Tezpur Lunatic Asylum reports 1877-1894 - 1877-1894
Year: 1877
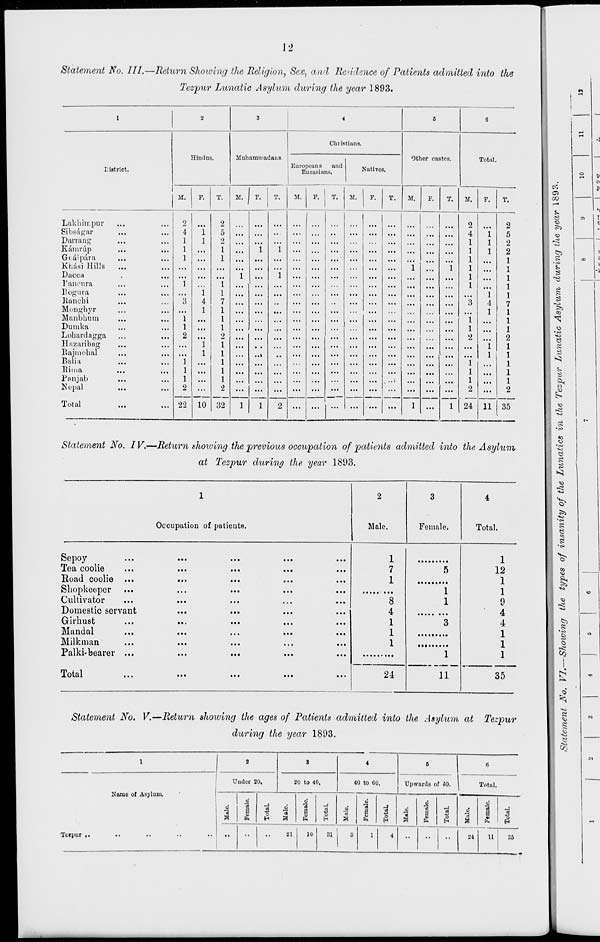
Statement No. III.—Return Showing the Religion, Sex, and Rendsncc of Patients admitted into the
Tezpur Lunatic Asylum during the year 1893.
1
2
8
4
5
6
Hindus.
Muhammadans.
Christians.
Other castes.
District.
Europeans
and
Eurasians.
,
Natives,
Total.
M.
F.
T.
M. 1 F. T.
M.
F.
T. i M.
F.
T.
M.
F.
T.
M.
F.
T.
Lakbimpur
Sibsagar
Darning
Kainrup
Goal para
Khasi Hills
Dacca
Pancura
l'ogura
...
...
Ranchi
Monghyr
Manbhum
Dumka
Lohardagga
Eazaiibag
Rajmohal
Bali a
Rima
Pnnjab
Nepal
2
4
1
1
1
"i
3
1
1
2
"i
I
I
2
22
'l
1
1
4
1
"i
I
10
2
5
2
1
1
"i
I
7
1
1
1
2
1
1
1
1
1
2
32
"i
l
'i
.i
"i
"i
...
...
...
...
...
...
i
...
"i
l
2
4
1
1
1
1
1
1
3
1
1
2
"i
l
l
2
24
"i
I
I
"i
4
1
"i
I
li
2
5
2
2
2
Total
l
2 ...
l
35
Statement No. IV.—Return showing the previous occupation of patients admitted into the Asylum
at Tezpur during the year 1893.
1
Occupation of patients.
2
Male.
3
Female.
4
Total.
Sepoy
Tea coolie
Road coolie ...
...
...
...
...
...
...
<
...
...
...
<
...
...
...
i
...
...
...
...
...
...
...
...
...
.,
1
7
1
8
4
1
1
1
1
5
12
1
Shopkeeper
Cultivator
Domestic servant
Girhust
Mandal
1
1
3
1
9
4
4
1
Milkman
Palki-bearer ...
1
11
1
1
Total
24
35
Statement No. V.—Return showing the ages of Patients admitted into the Asylum at Tezpur
during the year 1893.
1
|
>
S
4
0
li
Under 20.
20 to 40.
40 to CO.
Upwards of <50.
Total.
Name of Asylum.
6
*3
3
"3
B
&
Total.
Male.
"3
0
o
73
"3
0
a
g
d
"3
Female.
TotaL
"3
"a
a
"3
5
Tcrpur it
••
••
21
1U
31
1!
1
4
••
••
••
21
u
:ss
o-.
a
CO
6
CO
H
«
<»
CO
<»
^
>>
CO
I
g
to